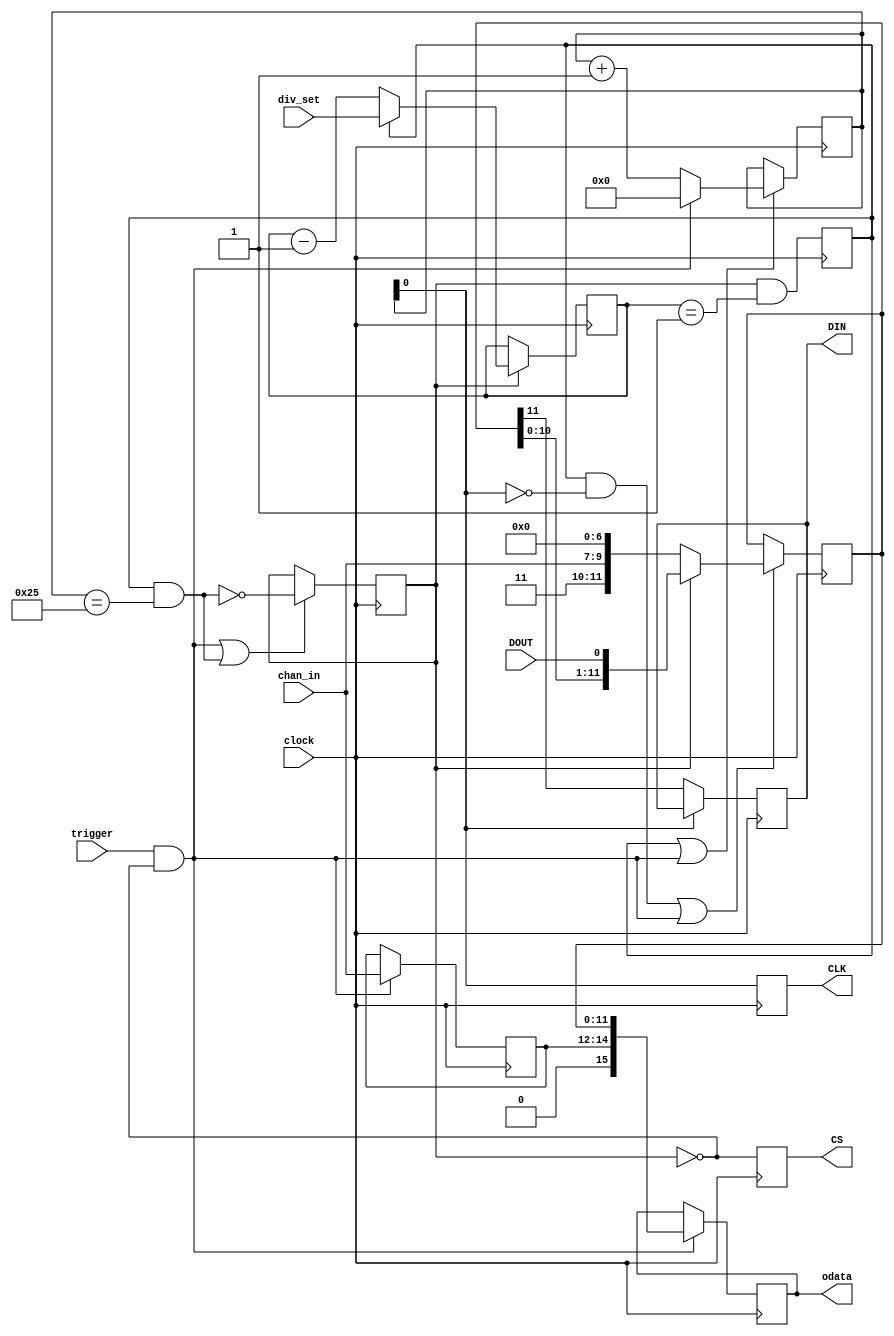
`timescale 1ns / 1ns
module mcp3208_rcvr(
	input clock,  // timespec 6.5 ns
	input trigger,
	input [2:0] chan_in,
	output [15:0] odata,

	// configuration of clock divider, see below
	input [5:0] div_set,

	// four-wire interface to the chip itself
	// Note that DOUT and DIN get their names from the ADC's
	// perspective: this module drives DIN and reads from DOUT.
	output reg CS,
	output reg CLK,
	input DOUT,
	output reg DIN
);

reg [11:0] in_reg=0;
reg [2:0] channel=0;
reg [5:0] ucnt=0;
reg [5:0] state=0;
reg tick=0, run=0;

wire SGL = 1'b1;   // second configuration bit sent to MCP3208

// tick should come at 2 MHz or slower.
// suggest divide by 28 (div_cnt=27) for clocking with 48 MHz USB clock
// suggest divide by 42 (div_cnt=41) for clocking with ~70 MHz DSP clock
//  (will stay synchronous with upper levels of divider because trigger
//   is synchronous)
wire acq_complete = tick && (state==37);
wire trig_val = trigger & ~run;
reg [15:0] odata_r=0;
always @(posedge clock) begin
	if (trig_val | acq_complete) run <= ~acq_complete;
	tick <= run & (ucnt==1);
	if (run) ucnt <= tick ? div_set : ucnt-1'b1;
	if (tick | trig_val) state <= trig_val ? 0 : (state+1'b1);
	if ((tick & ~state[0]) | trig_val) in_reg <= run ? {in_reg[10:0], DOUT} :
		{1'b1, SGL, chan_in, 7'b0};
	if (trig_val) odata_r <= {1'b0, channel, in_reg};
	if (trig_val) channel <= chan_in;
	CLK <= state[0];
	CS <= ~run;
	if (~state[0]) DIN <= in_reg[11];
end
assign odata = odata_r;

endmodule